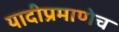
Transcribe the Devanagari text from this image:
यादीप्रमाणेच